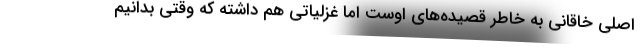
اصلی خاقانی به خاطر قصیده‌های اوست اما غزلیاتی هم داشته که وقتی بدانیم